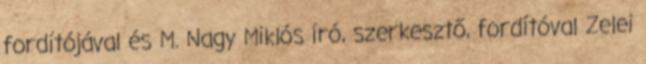
fordítójával és M. Nagy Miklós író, szerkesztő, fordítóval Zelei